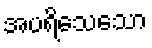
အပရိသေသော